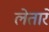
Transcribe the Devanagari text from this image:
लेतारे